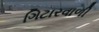
ગિટારવાળી